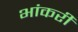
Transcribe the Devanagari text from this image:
भांकरी